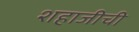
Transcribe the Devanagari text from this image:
शहाजीची